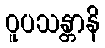
ဝူပသန္တာနိ